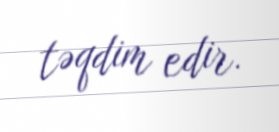
təqdim edir.